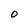
Character: o